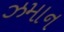
ઝમાન